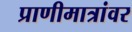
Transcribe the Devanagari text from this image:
प्राणीमात्रांवर